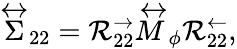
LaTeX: \stackrel{\leftrightarrow}{\Sigma}_{22}=\mathcal{R}_{22}^{\rightarrow}\stackrel{\leftrightarrow}{M}_{\phi}\mathcal{R}_{22}^{\leftarrow},